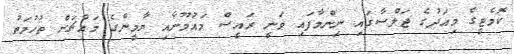
ކޮމެޓީގެ މިއަދުގެ ޖަލްސާގައި ނިންމާފައި ވަނީ ރައީސް މައުމޫނާއި ޔާމީންގެ މައްޗަށް ތުހުމަތު